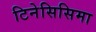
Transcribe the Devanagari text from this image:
टिनेसिसिमा